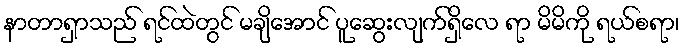
နာတာရှာသည် ရင်ထဲတွင် မချိအောင် ပူဆွေးလျက်ရှိလေ ရာ မိမိကို ရယ်စရာ၊